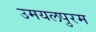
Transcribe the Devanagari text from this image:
उमयलपुरम